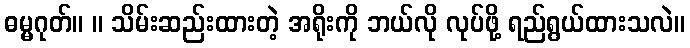
ဓမ္မဂုတ်။ ။ သိမ်းဆည်းထားတဲ့ အရိုးကို ဘယ်လို လုပ်ဖို့ ရည်ရွယ်ထားသလဲ။